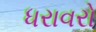
ધરાવરો